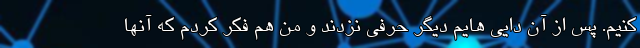
کنیم. پس از آن دایی هایم دیگر حرفی نزدند و من هم فکر کردم که آنها